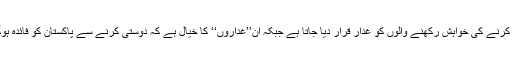
یہ جیسے ہمارے ملک میں بھارت سے دوستی کرنے کی خواہش رکھنے والوں کو غدار قرار دیا جاتا ہے جبکہ ان’’غداروں‘‘ کا خیال ہے کہ دوستی کرنے سے پاکستان کو فائدہ ہوگا اور پاکستان کو خوشحالی اور ترقی ملے گی۔